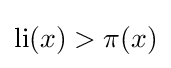
\operatorname {li} (x)>\pi (x)